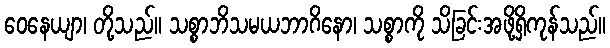
ဝေနေယျာ၊ တို့သည်။ သစ္စာဘိသမယဘာဂိနော၊ သစ္စာကို သိခြင်းအဖို့ရှိကုန်သည်။